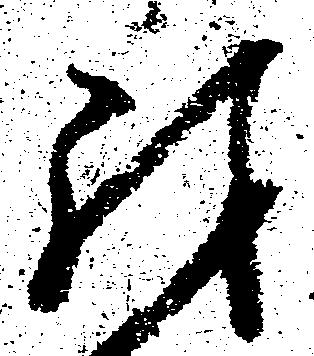
殊